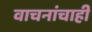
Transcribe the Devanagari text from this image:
वाचनांचाही